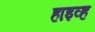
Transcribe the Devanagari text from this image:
हाइव्ह